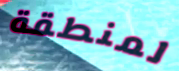
لمنطقة